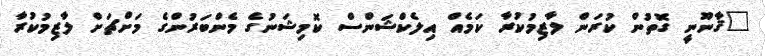
"ޤާނޫނީ ގޮތުން ކުރަން ލާޒިމުކުރާ ކަމެއް އިލެކްޝަންސް ކޮމިޝަނުގެ މެންބަރުންގެ މަށްޗަށް ލާޒިމުކުރާ